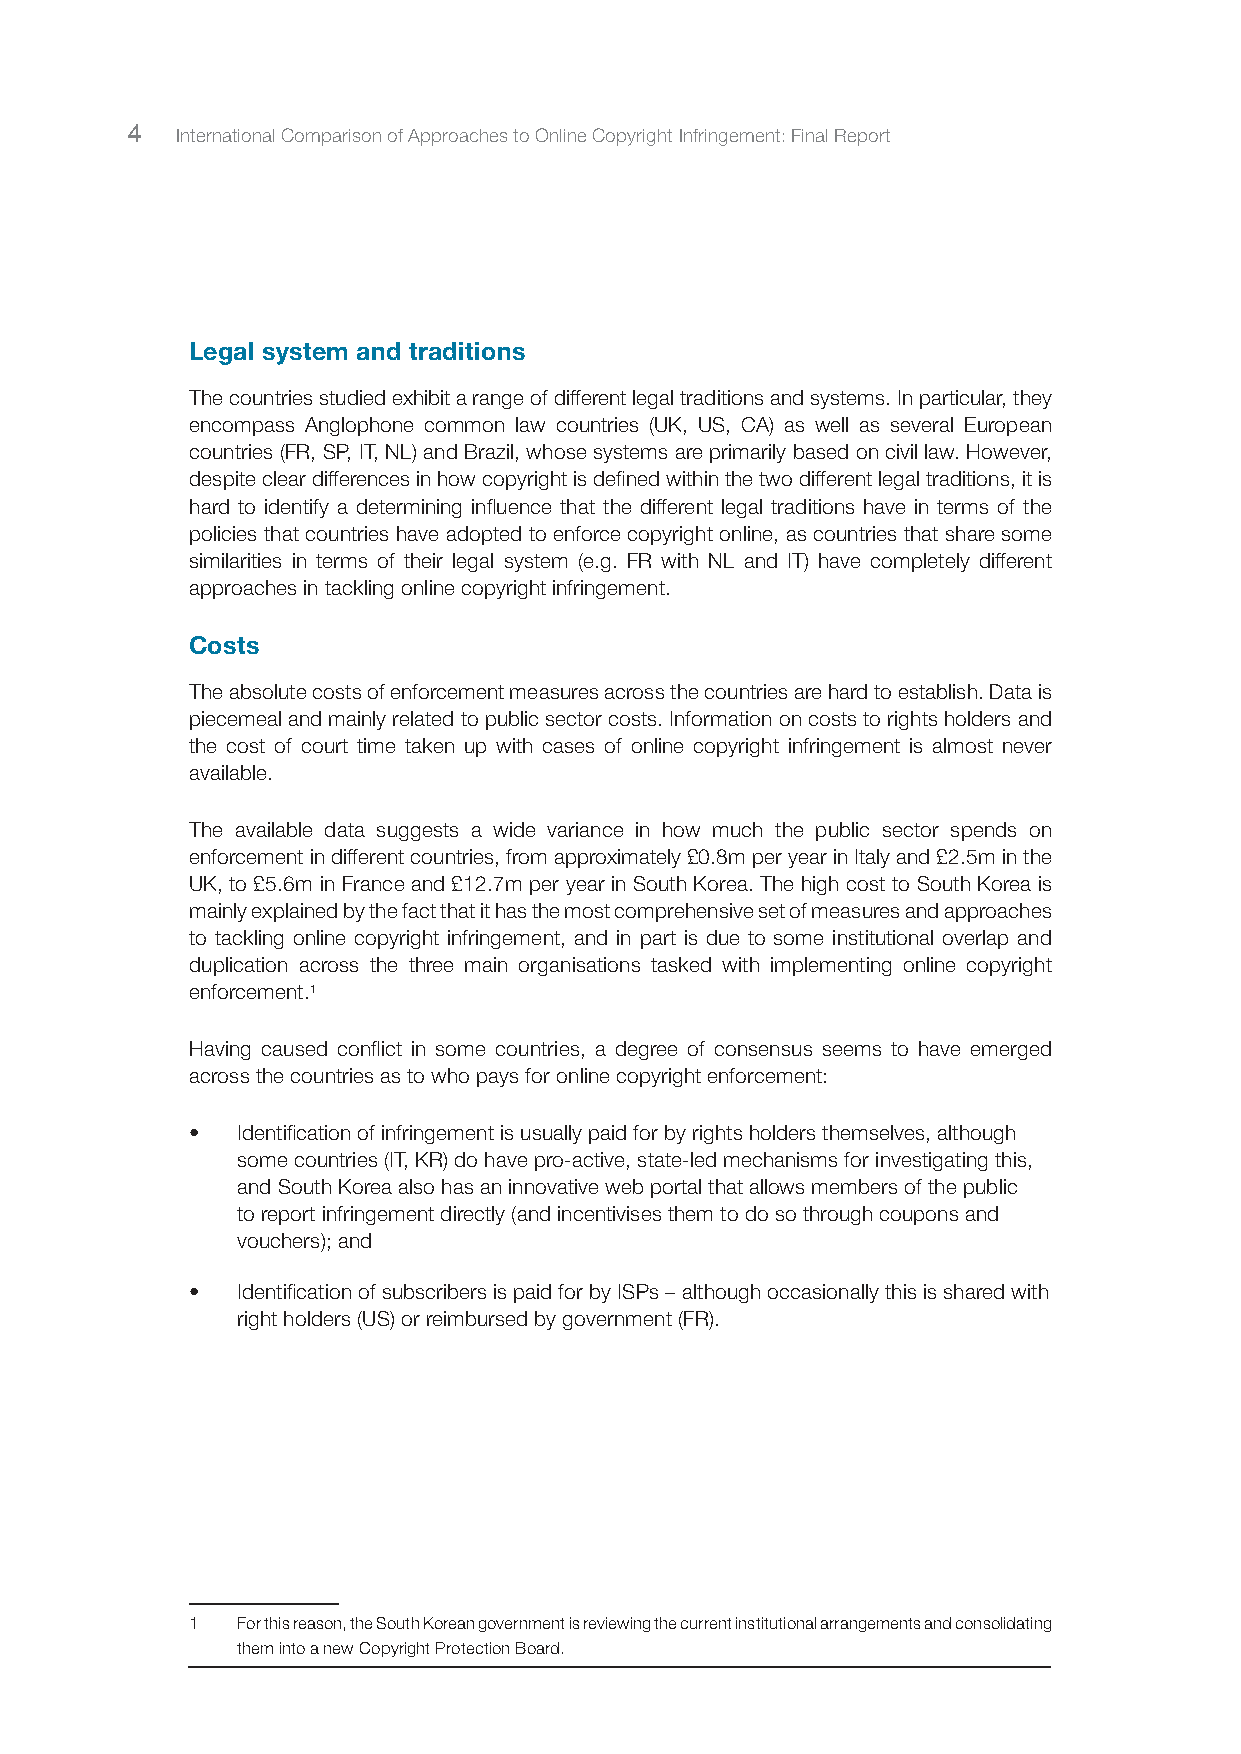
4   International Comparison of Approaches to Online Copyright Infringement: Final Report
 Legal system and traditions
 The countries studied exhibit a range of different legal traditions and systems. In particular, they
 encompass Anglophone common law countries (UK, US, CA) as well as several European
 countries (FR, SP, IT, NL) and Brazil, whose systems are primarily based on civil law. However,
 despite clear differences in how copyright is defined within the two different legal traditions, it is
 hard to identify a determining influence that the different legal traditions have in terms of the
 policies that countries have adopted to enforce copyright online, as countries that share some
 similarities in terms of their legal system (e.g. FR with NL and IT) have completely different
 approaches in tackling online copyright infringement.
 Costs
 The absolute costs of enforcement measures across the countries are hard to establish. Data is
 piecemeal and mainly related to public sector costs. Information on costs to rights holders and
 the cost of court time taken up with cases of online copyright infringement is almost never
 available.
 The available data suggests a wide variance in how much the public sector spends on
 enforcement in different countries, from approximately £0.8m per year in Italy and £2.5m in the
 UK, to £5.6m in France and £12.7m per year in South Korea. The high cost to South Korea is
 mainly explained by the fact that it has the most comprehensive set of measures and approaches
 to tackling online copyright infringement, and in part is due to some institutional overlap and
 duplication across the three main organisations tasked with implementing online copyright
 enforcement.1
 Having caused conflict in some countries, a degree of consensus seems to have emerged
 across the countries as to who pays for online copyright enforcement:
 •  Identification of infringement is usually paid for by rights holders themselves, although
 some countries (IT, KR) do have pro-active, state-led mechanisms for investigating this,
 and South Korea also has an innovative web portal that allows members of the public
 to report infringement directly (and incentivises them to do so through coupons and
 vouchers); and
 •  Identification of subscribers is paid for by ISPs – although occasionally this is shared with
 right holders (US) or reimbursed by government (FR).
 1  For this reason, the South Korean government is reviewing the current institutional arrangements and consolidating
 them into a new Copyright Protection Board.